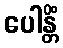
ပေါန္တိံ